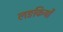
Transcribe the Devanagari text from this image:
लङकियों